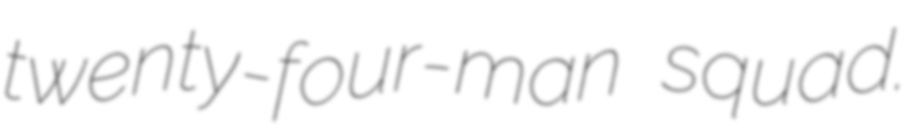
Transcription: twenty-four-man squad.